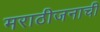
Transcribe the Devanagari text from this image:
मराठीजनाची